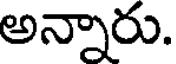
అన్నారు.